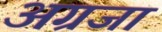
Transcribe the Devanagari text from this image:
अग्रजा